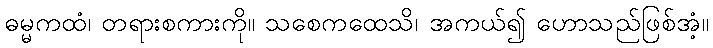
ဓမ္မကထံ၊ တရားစကားကို။ သစေကထေသိ၊ အကယ်၍ ဟောသည်ဖြစ်အံ့။